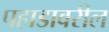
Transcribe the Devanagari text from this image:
पहाडावरील